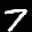
Label: 7